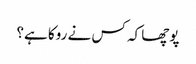
پوچھا کہ کس نے روکا ہے؟